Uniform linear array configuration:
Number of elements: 16
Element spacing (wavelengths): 0.5
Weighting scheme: hann
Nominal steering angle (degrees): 45
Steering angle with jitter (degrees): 46.995
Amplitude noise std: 0.05
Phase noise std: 0.05

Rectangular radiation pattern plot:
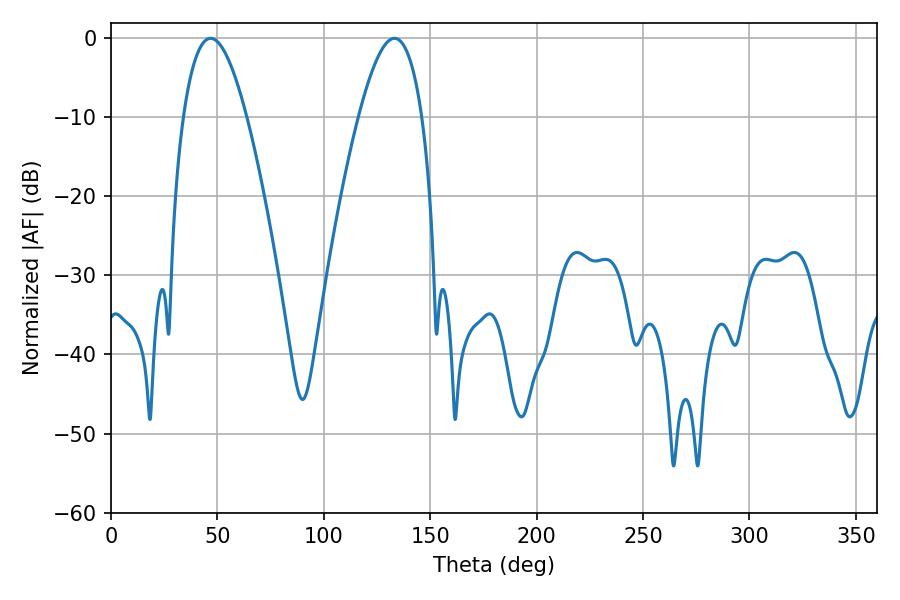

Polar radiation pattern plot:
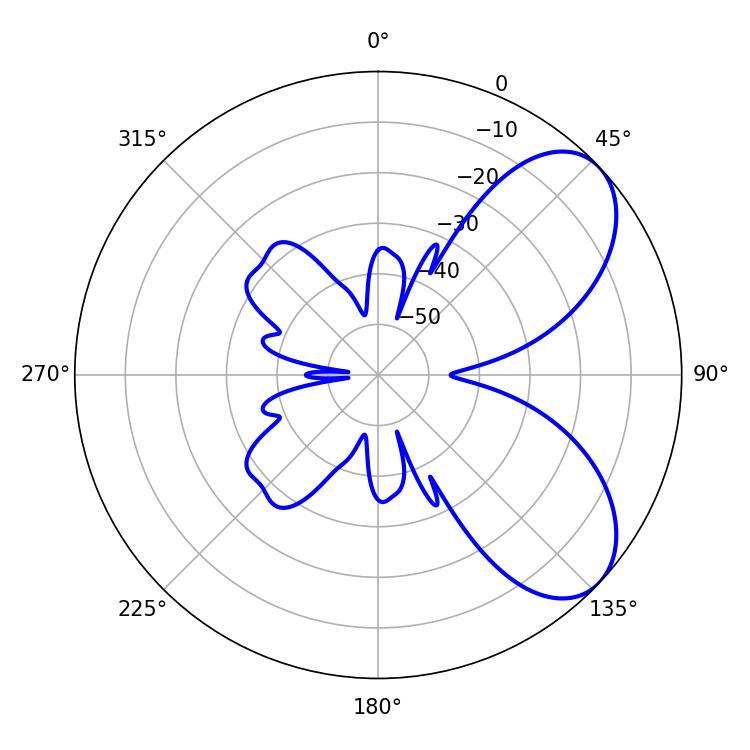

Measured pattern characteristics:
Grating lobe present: FALSE
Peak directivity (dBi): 6.478
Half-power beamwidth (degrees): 16.38
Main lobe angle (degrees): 133.2